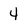
Character: 4